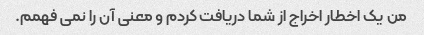
من یک اخطار اخراج از شما دریافت کردم و معنی آن را نمی فهمم.